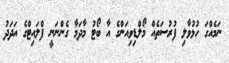
ނަމެއްގަ ހުޅުވާލި ފުރުސަތެއް މޯލްޑިވިއަންގެ އާ ބޯޓު މާދަމާ ގެންނަނީ ފްލައިޓްގެ އަދަދު